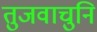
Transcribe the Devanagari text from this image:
तुजवाचुनि